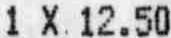
1 X 12.50